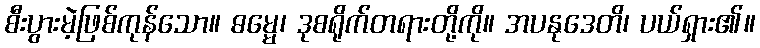
စီးပွားမဲ့ဖြစ်ကုန်သော။ ဓမ္မေ၊ ဒုစရိုက်တရားတို့ကို။ အပနုဒေတိ၊ ပယ်ရှား၏။